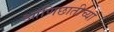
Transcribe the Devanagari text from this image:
आणिछातीच्या